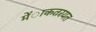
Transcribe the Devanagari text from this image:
मेंाकतरयत